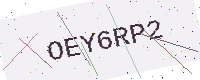
Text: OEY6RP2